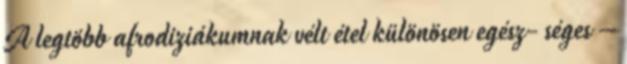
A legtöbb afrodiziákumnak vélt étel különösen egész- séges –